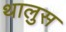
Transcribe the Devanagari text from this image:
थालुस